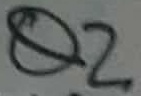
Text: Q2